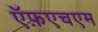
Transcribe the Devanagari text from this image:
ऍफ़एचएम